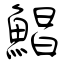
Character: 鯧